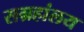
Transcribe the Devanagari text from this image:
सग्रहांलय